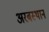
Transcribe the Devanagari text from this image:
अरबस्थान